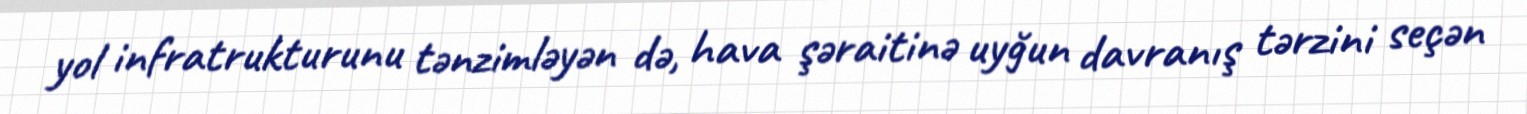
yol infratrukturunu tənzimləyən də, hava şəraitinə uyğun davranış tərzini seçən